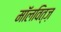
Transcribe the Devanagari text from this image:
मॉलवित्ज़